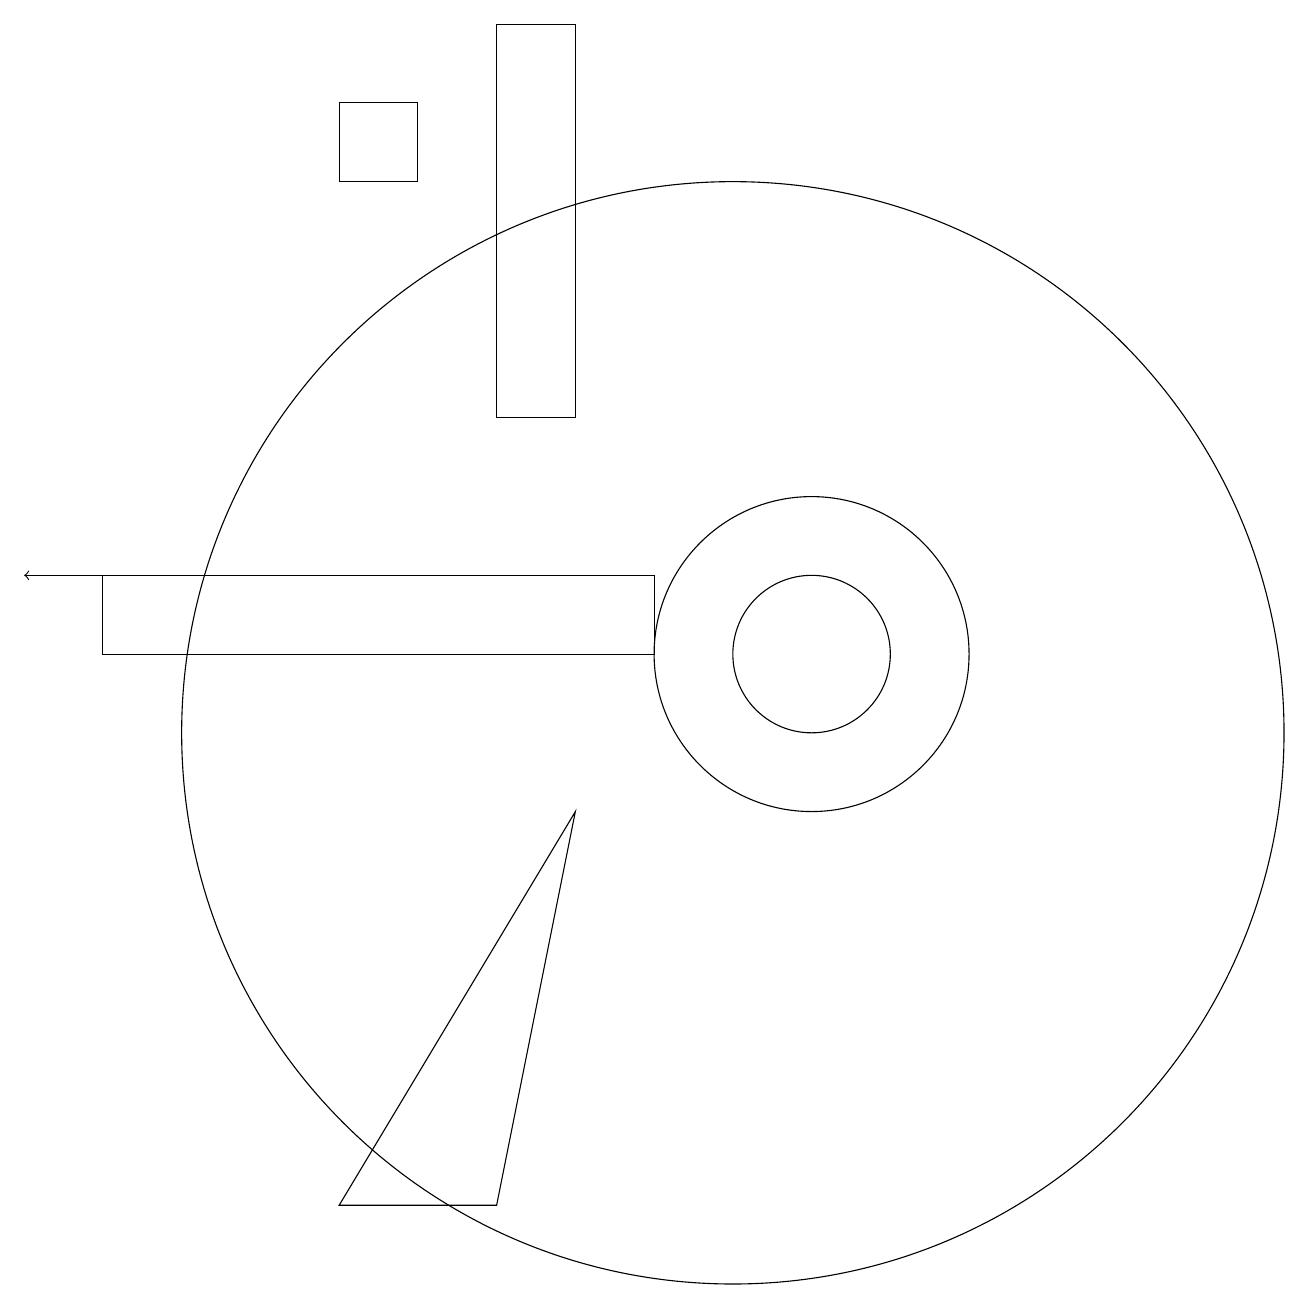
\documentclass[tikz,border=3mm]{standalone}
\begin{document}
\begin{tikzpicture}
\draw (2,11) rectangle (9,12);
\draw (11,11) circle (1);
\draw (5,4) -- (7,4) -- (8,9) -- cycle;
\draw (7,14) rectangle (8,19);
\draw (11,11) circle (2);
\draw (10,10) circle (7);
\draw (5,17) rectangle (6,18);
\draw[->] (5,12) -- (1,12);
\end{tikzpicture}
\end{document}